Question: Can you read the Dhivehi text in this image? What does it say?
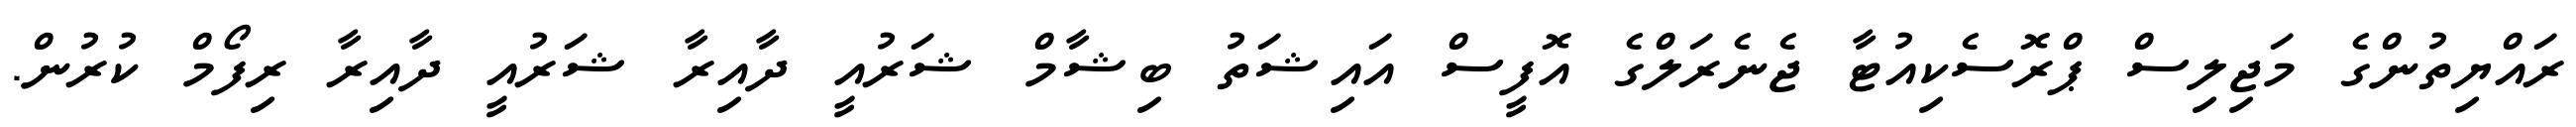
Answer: ރައްޔިތުންގެ މަޖިލިސް ޕްރޮސެކިއުޓާ ޖެނެރަލްގެ އޮފީސް އައިޝަތު ބިޝާމް ޝަރުއީ ދާއިރާ ޝަރުއީ ދާއިރާ ރިފޯމް ކުރުން.